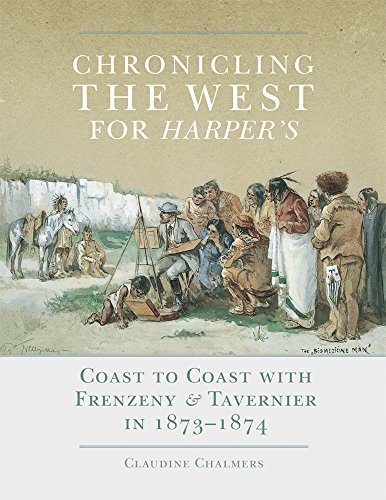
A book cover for Chronicling the West for Harper's: Coast to Coast with Frenzeny & Tavernier in 1873EE1874 (The Charles M. Russell Center Series on Art and Photography of the American West); Claudine Chalmers; Crafts, Hobbies & Home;